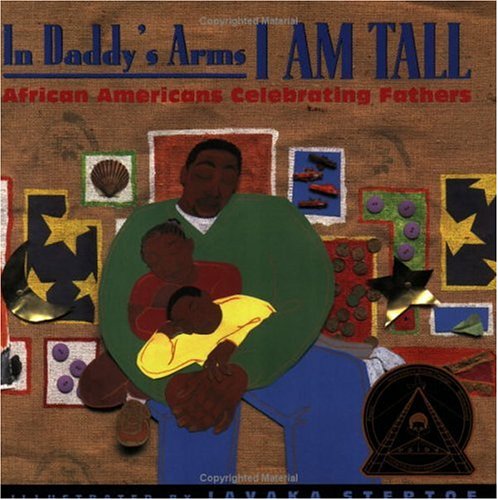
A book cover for In Daddy's Arms I am Tall; Various; Literature & Fiction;